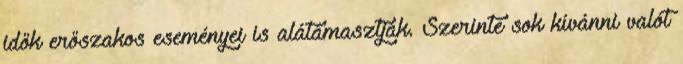
idők erőszakos eseményei is alátámasztják. Szerinte sok kívánni valót